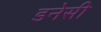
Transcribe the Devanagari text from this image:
डनेसी